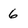
Character: 6